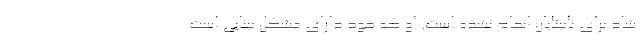
شاد برای نابینایان انجام نشده است. او که خود دارای مشکل بینایی است